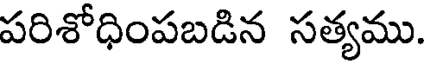
పరిశోధింపబడిన సత్యము.